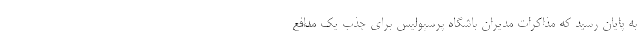
به پایان رسید که مذاکرات مدیران باشگاه پرسپولیس برای جذب یک مدافع